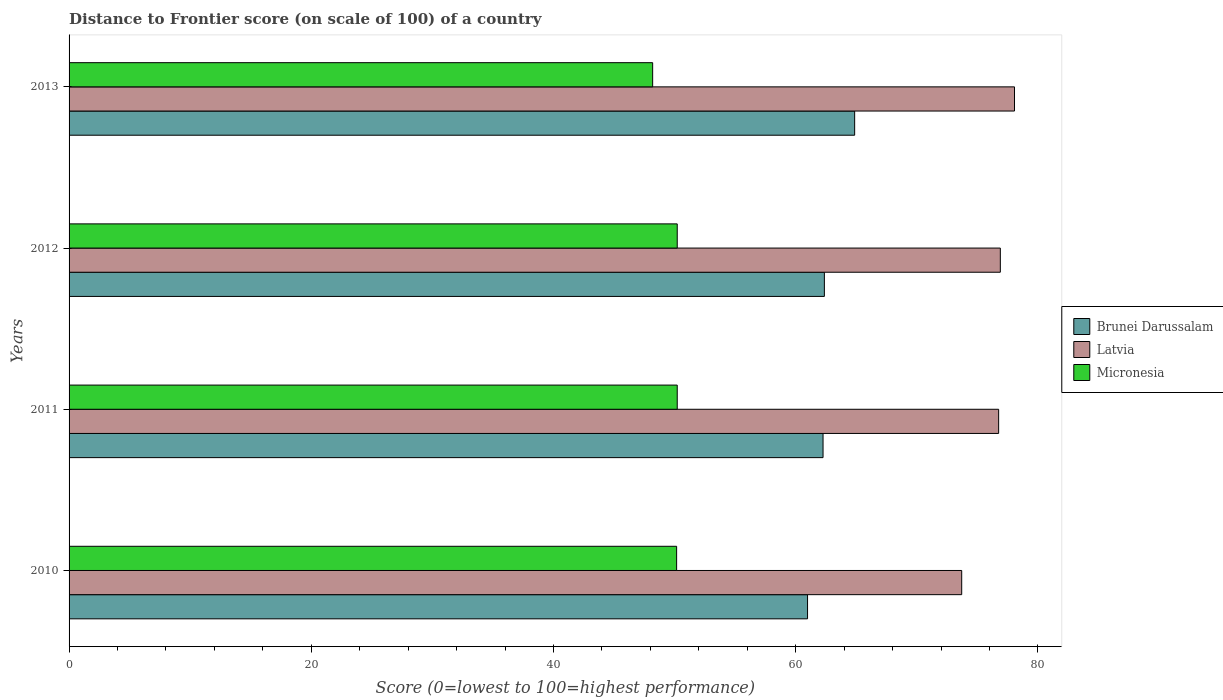
| Years | Brunei Darussalam | Latvia | Micronesia |
 | --- | --- | --- | --- |
 | 2010 | 61 | 73.7 | 50.2 |
 | 2011 | 62.3 | 76.8 | 50.2 |
 | 2012 | 62.4 | 76.9 | 50.2 |
 | 2013 | 64.9 | 78.1 | 48.2 |